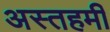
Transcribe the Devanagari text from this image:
अस्तहमीं